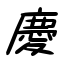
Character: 慶